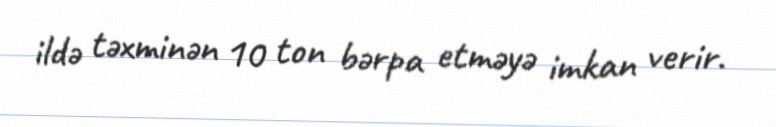
ildə təxminən 10 ton bərpa etməyə imkan verir.